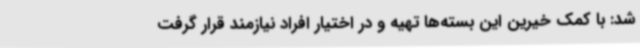
شد: با کمک خیرین این بسته‌ها تهیه و در اختیار افراد نیازمند قرار گرفت